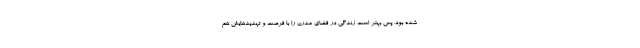
شده بود، پس بهتر است زندگی در فضای مدرن را با فرصت و تهدیدهایش هم